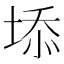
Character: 𡍞